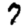
Digit: 7